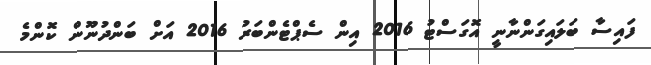
ފައިސާ ބަލައިގަންނާނީ އޮގަސްޓު 2016 އިން ސެޕްޓެންބަރު 2016 އަށް ބަންދުނޫން ކޮންމެ